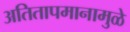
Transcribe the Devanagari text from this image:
अतितापमानामुळे